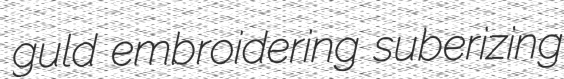
guld embroidering suberizing